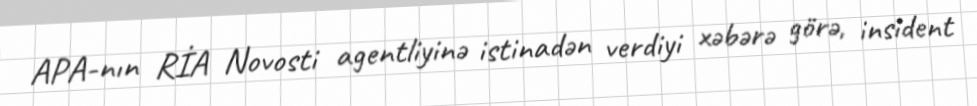
APA-nın RİA Novosti agentliyinə istinadən verdiyi xəbərə görə, insident